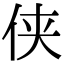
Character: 侠